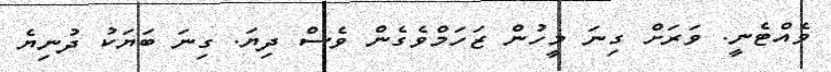
ވެއްޓެނީ. ވަރަށް ގިނަ މީހުން ޒަހަމްވެގެން ވެސް ދިޔަ. ގިނަ ބަޔަކު ދުނިޔެ